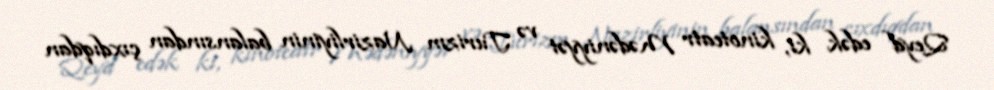
Qeyd edək ki, kinoteatr Mədəniyyət və Turizm Nazirliyinin balansından çıxdıqdan